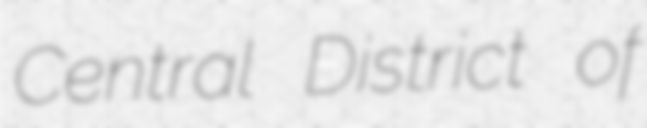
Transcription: Central District of